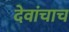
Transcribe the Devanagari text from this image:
देवांचाच